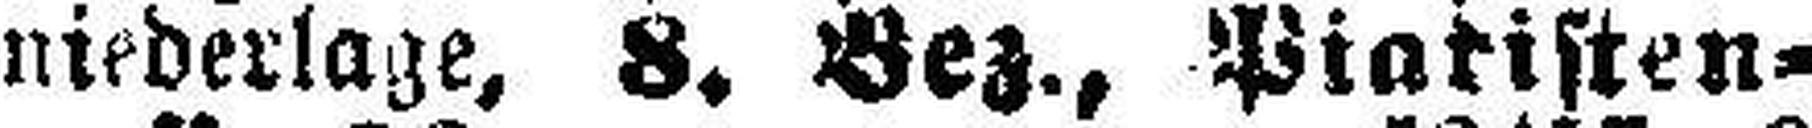
niederlage, 8. Bez., Piaristen¬